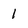
Character: 1